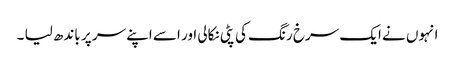
انہوں نے ایک سرخ رنگ کی پٹی نکالی اور اسے اپنے سر پر باندھ لیا ۔